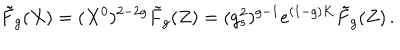
\tilde { F } _ { g } ( X ) = ( X ^ { 0 } ) ^ { 2 - 2 g } \tilde { F } _ { g } ( Z ) = ( g _ { s } ^ { 2 } ) ^ { g - 1 } e ^ { ( 1 - g ) K } \tilde { F } _ { g } ( Z ) \, .